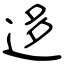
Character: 迻